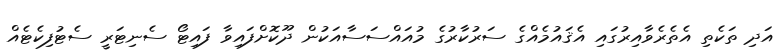
އަދި ތަކެތި އެތެރެވާއިރުގައި އެޤައުމެއްގެ ސަރުކާރުގެ މުއައްސަސާއަކުން ދޫކޮށްފައިވާ ފައިޓޯ ސެނިޓަރީ ސެޓުފިކެޓެއް